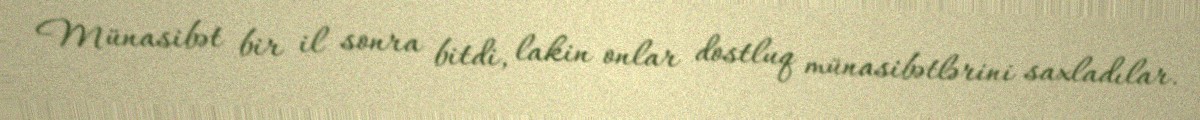
Münasibət bir il sonra bitdi, lakin onlar dostluq münasibətlərini saxladılar.